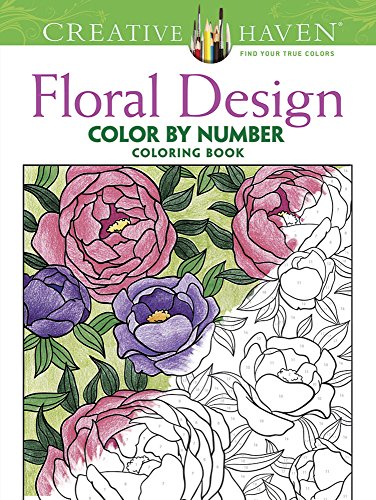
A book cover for Creative Haven Floral Design Color by Number Coloring Book (Creative Haven Coloring Books); Jessica Mazurkiewicz; Arts & Photography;